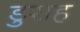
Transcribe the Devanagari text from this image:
डुराह